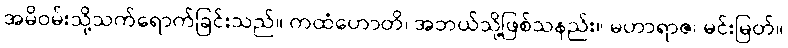
အမိဝမ်းသို့သက်ရောက်ခြင်းသည်။ ကထံဟောတိ၊ အဘယ်သို့ဖြစ်သနည်း။ မဟာရာဇ၊ မင်းမြတ်။